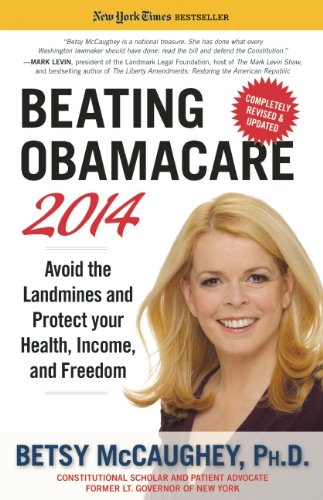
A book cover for Beating Obamacare 2014: Avoid the Landmines and Protect Your Health, Income, and Freedom; Betsy McCaughey; Law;